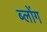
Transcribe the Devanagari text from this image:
ब्लोंग